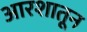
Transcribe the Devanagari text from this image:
आरशातून